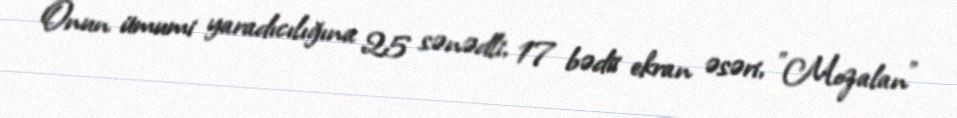
Onun ümumi yaradıcılığına 25 sənədli, 17 bədii ekran əsəri, "Mozalan"